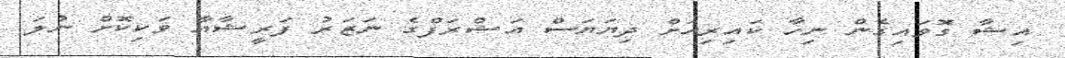
އިޝާ ގޮވައިގެން ނިހާ ކައިރިއަށް ދިޔަޔަސް އަޝްރަފްގެ ނަޒަރު ފަރީޝާއާ ވަކިކޮށް ނުލަ